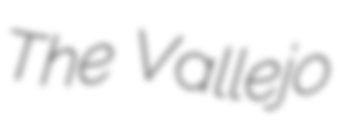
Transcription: The Vallejo